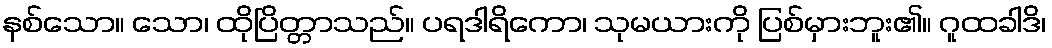
နစ်သော။ သော၊ ထိုပြိတ္တာသည်။ ပရဒါရိကော၊ သုမယားကို ပြစ်မှားဘူး၏။ ဂူထခါဒိ၊